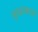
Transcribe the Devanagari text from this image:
सुरक्षाबालों